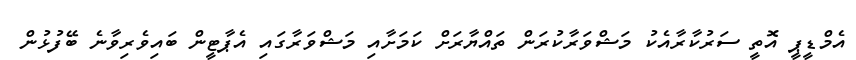
އެމްޑީޕީ އޮތީ ސަރުކާރާއެކު މަޝްވަރާކުރަން ތައްޔާރަށް ކަމަށާއި މަޝްވަރާގައި އެޕާޓީން ބައިވެރިވާނެ ބޭފުޅުން